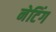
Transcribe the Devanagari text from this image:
नेटिंग